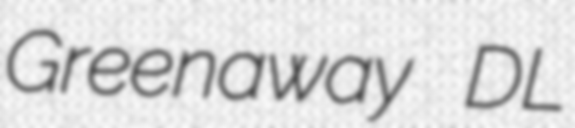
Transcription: Greenaway DL